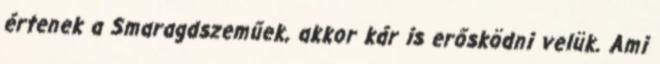
értenek a Smaragdszeműek, akkor kár is erősködni velük. Ami